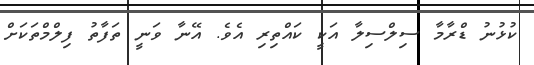
ކުޅުނު ޑްރާމާ ސިލްސިލާ އަކީ ކައްތިރި އެވެ. އޭނާ ވަނީ ތަފާތު ފިލްމްތަކަށް